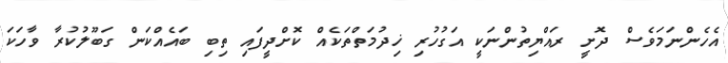
އެހެންނަމަވެސް ދޮށީ ރައްޔިތުންނަކީ އަގުހުރި ޚިދުމަތްތަކެއް ކޮށްދީފައި ތިބި ބައެއްކަން ގަބޫލުކުރާ ވާހަކަ